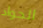
الجواد